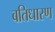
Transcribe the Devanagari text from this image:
बतिधारण